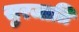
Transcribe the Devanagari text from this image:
सुरजाति